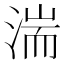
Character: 湍